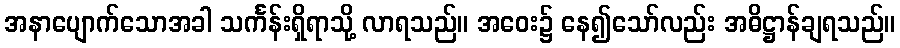
အနာပျောက်သောအခါ သင်္ကန်းရှိရာသို့ လာရသည်။ အဝေး၌ နေ၍သော်လည်း အဓိဋ္ဌာန်ချရသည်။